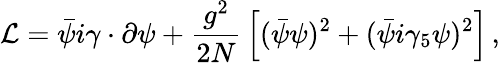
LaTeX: {\cal L}=\bar{\psi}i{\gamma\cdot\partial}\psi+{\frac{g^{2}}{2N}}\left[(\bar{\psi}\psi)^{2}+(\bar{\psi}i\gamma_{5}\psi)^{2}\right]\, ,